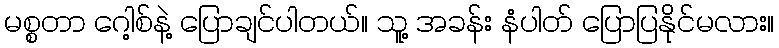
မစ္စတာ ဂေါ့စ်နဲ့ ပြောချင်ပါတယ်။ သူ့ အခန်း နံပါတ် ပြောပြနိုင်မလား။